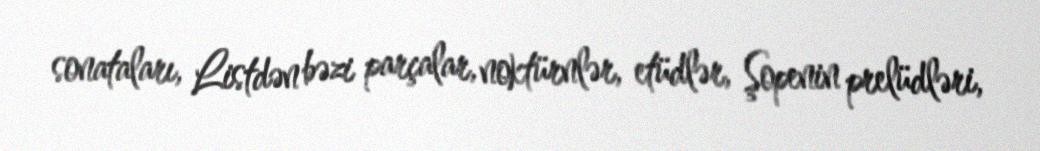
sonataları, Listdən bəzi parçalar, noktürnlər, etüdlər, Şopenin prelüdləri,